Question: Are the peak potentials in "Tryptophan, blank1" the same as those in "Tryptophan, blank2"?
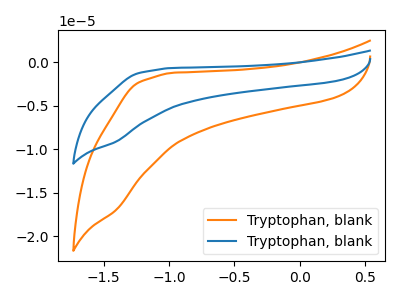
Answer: <think>The orange curve "Tryptophan, blank1" has no peaks. The blue curve "Tryptophan, blank2" has no peaks.</think>
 <answer>Niether CV has any peaks.</answer>
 <eval>blanks</eval>